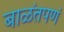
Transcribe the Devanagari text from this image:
बाळंतपणं